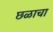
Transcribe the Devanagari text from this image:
छळाचा